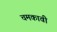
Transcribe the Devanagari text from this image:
चमकावी